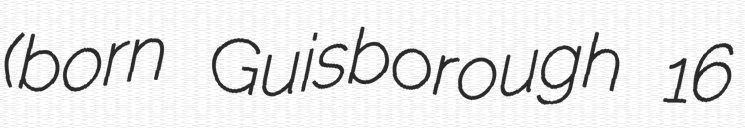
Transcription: (born Guisborough 16